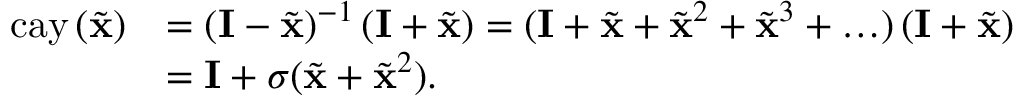
\begin{array} { r l } { \mathrm { c a y } \left( \tilde { \mathbf { x } } \right) } & { = \left( \mathbf { I } - \tilde { \mathbf { x } } \right) ^ { - 1 } \left( \mathbf { I } + \tilde { \mathbf { x } } \right) = ( \mathbf { I } + \tilde { \mathbf { x } } + \tilde { \mathbf { x } } ^ { 2 } + \tilde { \mathbf { x } } ^ { 3 } + \ldots ) \left( \mathbf { I } + \tilde { \mathbf { x } } \right) } \\ & { = \mathbf { I } + \sigma ( \tilde { \mathbf { x } } + \tilde { \mathbf { x } } ^ { 2 } ) . } \end{array}